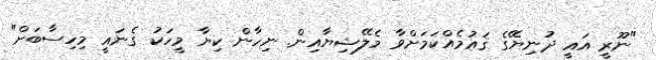
"ނޫރީ އައީ ދުނިޔޭގެ ޤައުމެއްކަމަށްވާ މެލޭޝިޔާއިން. ނިހާން ކިޔާ މީހަކު ގެނައީ މިހިސާބަށް"